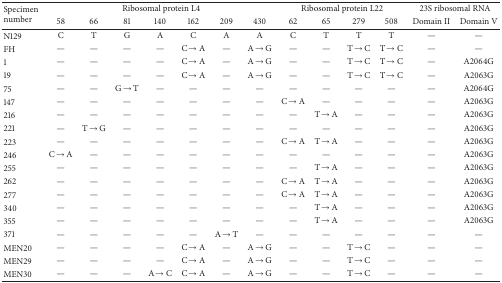
| <ROWSPAN=2> Specimen number | <COLSPAN=7> Ribosomal protein L4 | <COLSPAN=4> Ribosomal protein L22 | <COLSPAN=2> 23S ribosomal RNA |
 | 58 | 66 | 81 | 140 | 162 | 209 | 430 | 62 | 65 | 279 | 508 | Domain II | Domain V |
 | --- | --- | --- | --- | --- | --- | --- | --- | --- | --- | --- | --- | --- | --- |
 | N129 | C | T | G | A | C | A | A | C | T | T | T | — | — |
 | FH | — | — | — | — | C→A | — | A→G | — | — | T→C | T→C | — | — |
 | 1 | — | — | — | — | C→A | — | A→G | — | — | T→C | T→C | — | A2064G |
 | 19 | — | — | — | — | C→A | — | A→G | — | — | T→C | T→C | — | A2063G |
 | 75 | — | — | G→T | — | — | — | — | — | — | — | — | — | A2064G |
 | 147 | — | — | — | — | — | — | — | C→A | — | — | — | — | A2063G |
 | 216 | — | — | — | — | — | — | — | — | T→A | — | — | — | A2063G |
 | 221 | — | T→G | — | — | — | — | — | — | — | — | — | — | A2063G |
 | 223 | — | — | — | — | — | — | — | C→A | T→A | — | — | — | A2063G |
 | 246 | C→A | — | — | — | — | — | — | — | — | — | — | — | A2063G |
 | 255 | — | — | — | — | — | — | — | — | T→A | — | — | — | A2063G |
 | 262 | — | — | — | — | — | — | — | C→A | T→A | — | — | — | A2063G |
 | 277 | — | — | — | — | — | — | — | C→A | T→A | — | — | — | A2063G |
 | 340 | — | — | — | — | — | — | — | — | T→A | — | — | — | A2063G |
 | 355 | — | — | — | — | — | — | — | — | T→A | — | — | — | A2063G |
 | 371 | — | — | — | — | — | A→T | — | — | — | — | — | — | — |
 | MEN20 | — | — | — | — | C→A | — | A→G | — | — | T→C | — | — | — |
 | MEN29 | — | — | — | — | C→A | — | A→G | — | — | T→C | — | — | — |
 | MEN30 | — | — | — | A→C | C→A | — | A→G | — | — | T→C | — | — | — |